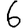
Digit: 6